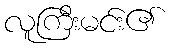
လူကြီးမင်း၏